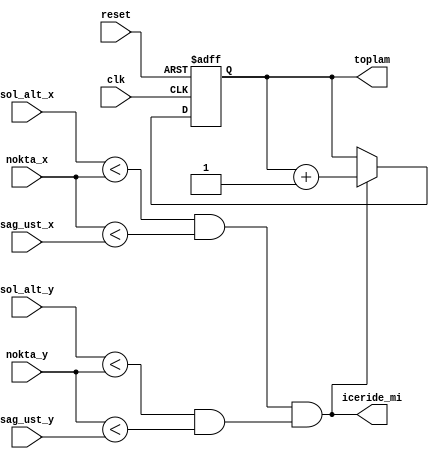
`timescale 1ns / 1ps

module dikdortgen_2_cozum(
    input [5:0] sol_alt_x,
    input [5:0] sol_alt_y,
    input [5:0] sag_ust_x,
    input [5:0] sag_ust_y,
    input [5:0] nokta_x,
    input [5:0] nokta_y,
    input reset,clk,
    output[5:0]toplam,
    output iceride_mi
    );
    reg [5:0] toplam_r = 0 ;
    wire noktaIceride,kosul1,kosul2 ;
    
    assign kosul1 = sol_alt_x < nokta_x &&  nokta_x < sag_ust_x ;
    assign kosul2 = sol_alt_y < nokta_y && nokta_y < sag_ust_y ;
    assign noktaIceride = kosul1 && kosul2 ;
    
    always@(posedge clk, posedge reset)begin
        if(reset)begin
            toplam_r <= 0 ;
        end
        else begin
            if(noktaIceride)begin
                toplam_r = toplam_r + 1'b1 ;
            end
        end
    end
    assign toplam = toplam_r ;
    assign iceride_mi = noktaIceride ;
endmodule